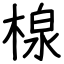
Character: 楾